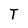
Character: T